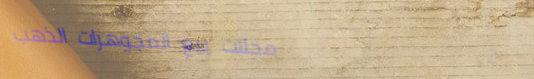
محلات بيع المجوهرات الذهب